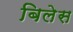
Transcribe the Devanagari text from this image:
बिलेस